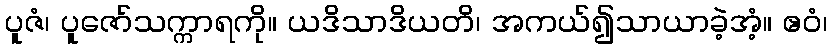
ပူဇံ၊ ပူဇော်သက္ကာရကို။ ယဒိသာဒိယတိ၊ အကယ်၍သာယာခဲ့အံ့။ ဧဝံ၊